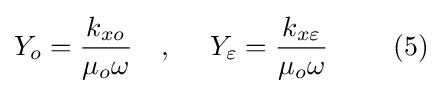
Y_{o}={\frac {k_{xo}}{\mu _{o}\omega }}\ \ \ ,\ \ \ \ Y_{\varepsilon }={\frac {k_{x\varepsilon }}{\mu _{o}\omega }}\ \ \ \ \ \ \ (5)